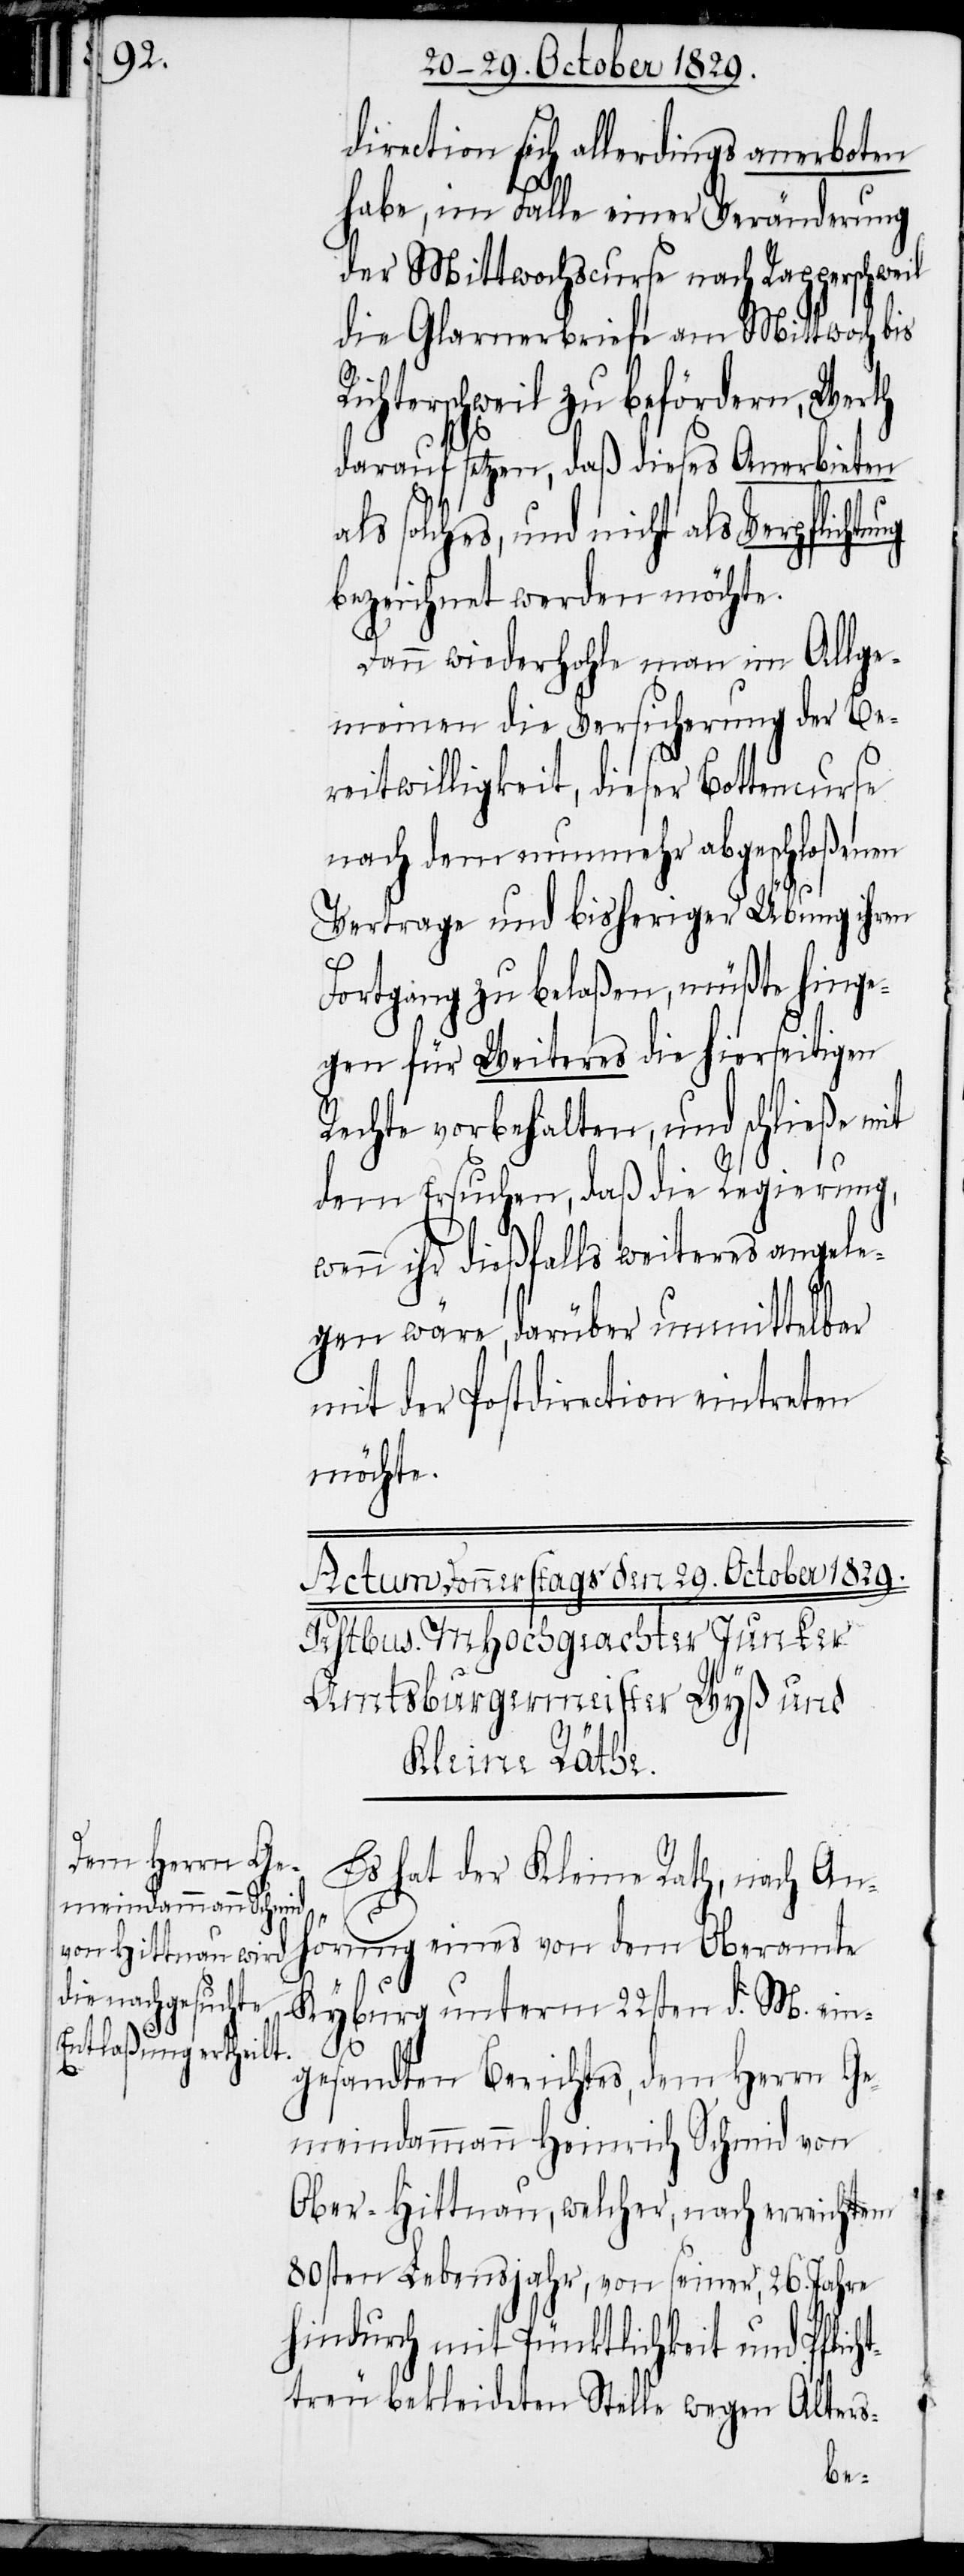
direction sich allerdings anerboten
habe, im Falle einer Veränderung
der Mittwochscurse nach Rapperschweil
die Glarnerbriefe am Mittwoch bis
ichterschweil zu befördern, Werth
darauf setzen, daß dieses Anerbieten
solches, und nicht als Verpflicht¬
bezeichnet werden möchte.
Dann wiederhohle man im Allge¬
meinen die Versicherung der Be¬
reitwilligkeit, dieser Bottencurse
nach dem nunmehr abgeschloßenen
Vertrage und bisheriger Übung ihren
Fortgang zu belaßen, müßte hinge¬
gen für Weiteres die hierseitigen
Rechte vorbehalten, und schließe mit
dem Ersuchen, daß die Regierung,
wenn ihr dießfalls weiteres angele¬
gen wäre, darüber unmittelbar
mit der Postdirection eintreten
möchte.
Es hat der Kleine Rath, nach An¬
hörung eines von dem Oberamte
Kyburg unterm 22sten d. M. ein¬
htt¬
gesandten Berichtes, dem Herrn Ge¬
meindammann Heinrich Schmid von
Ober-Hittnau, welcher, nach erreichtem
80sten Lebensjahr, von seiner, 26. Jahre
hindurch mit Pünktlichkeit und Pflic¬
treu bekleideten Stelle wegen Alters-